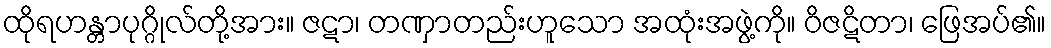
ထိုရဟန္တာပုဂ္ဂိုလ်တို့အား။ ဇဋာ၊ တဏှာတည်းဟူသော အထုံးအဖွဲ့ကို။ ဝိဇဋိတာ၊ ဖြေအပ်၏။